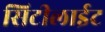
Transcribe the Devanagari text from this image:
सिटीलाईट